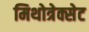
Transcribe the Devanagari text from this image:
मिथोत्रेक्सेट